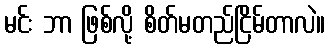
မင်း ဘာ ဖြစ်လို့ စိတ်မတည်ငြိမ်တာလဲ။